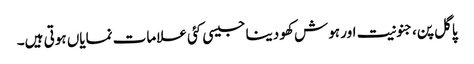
پاگل پن،جنونیت اور ہوش کھو دینا جیسی کئی علامات نمایاں ہوتی ہیں۔